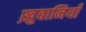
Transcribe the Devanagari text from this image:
ख़ुबानियाँ